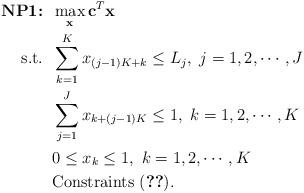
LaTeX: \begin{align*}\mbox{\textbf{NP1:}} &\;\; \max_{\mathbf{x}} \mathbf{c}^T \mathbf{x} \\\mbox{s.t.} &\;\; \sum_{k=1}^K x_{(j-1)K+k} \leq L_j,~j=1,2,\cdots,J \\ &\;\; \sum_{j=1}^J x_{k+(j-1)K} \leq 1,~k=1,2,\cdots,K \\ &\;\; 0 \leq x_{k} \leq 1,~k=1,2,\cdots,K \\ &\;\; \mbox{Constraints (\ref{eqn:mmhn80})}. \end{align*}